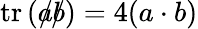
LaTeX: \operatorname{tr}\left({a\! \! \! /}{b\! \! \! /}\right)=4(a\cdot b)